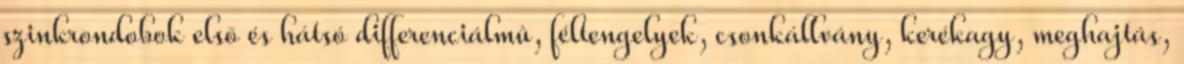
szinkrondobok elsõ és hátsó differenciálmû, féltengelyek, csonkállvány, kerékagy, meghajtás,